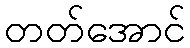
တတ်အောင်